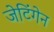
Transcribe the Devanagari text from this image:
जेटिंगेन